Trukikaitis_Postimees, lk 194
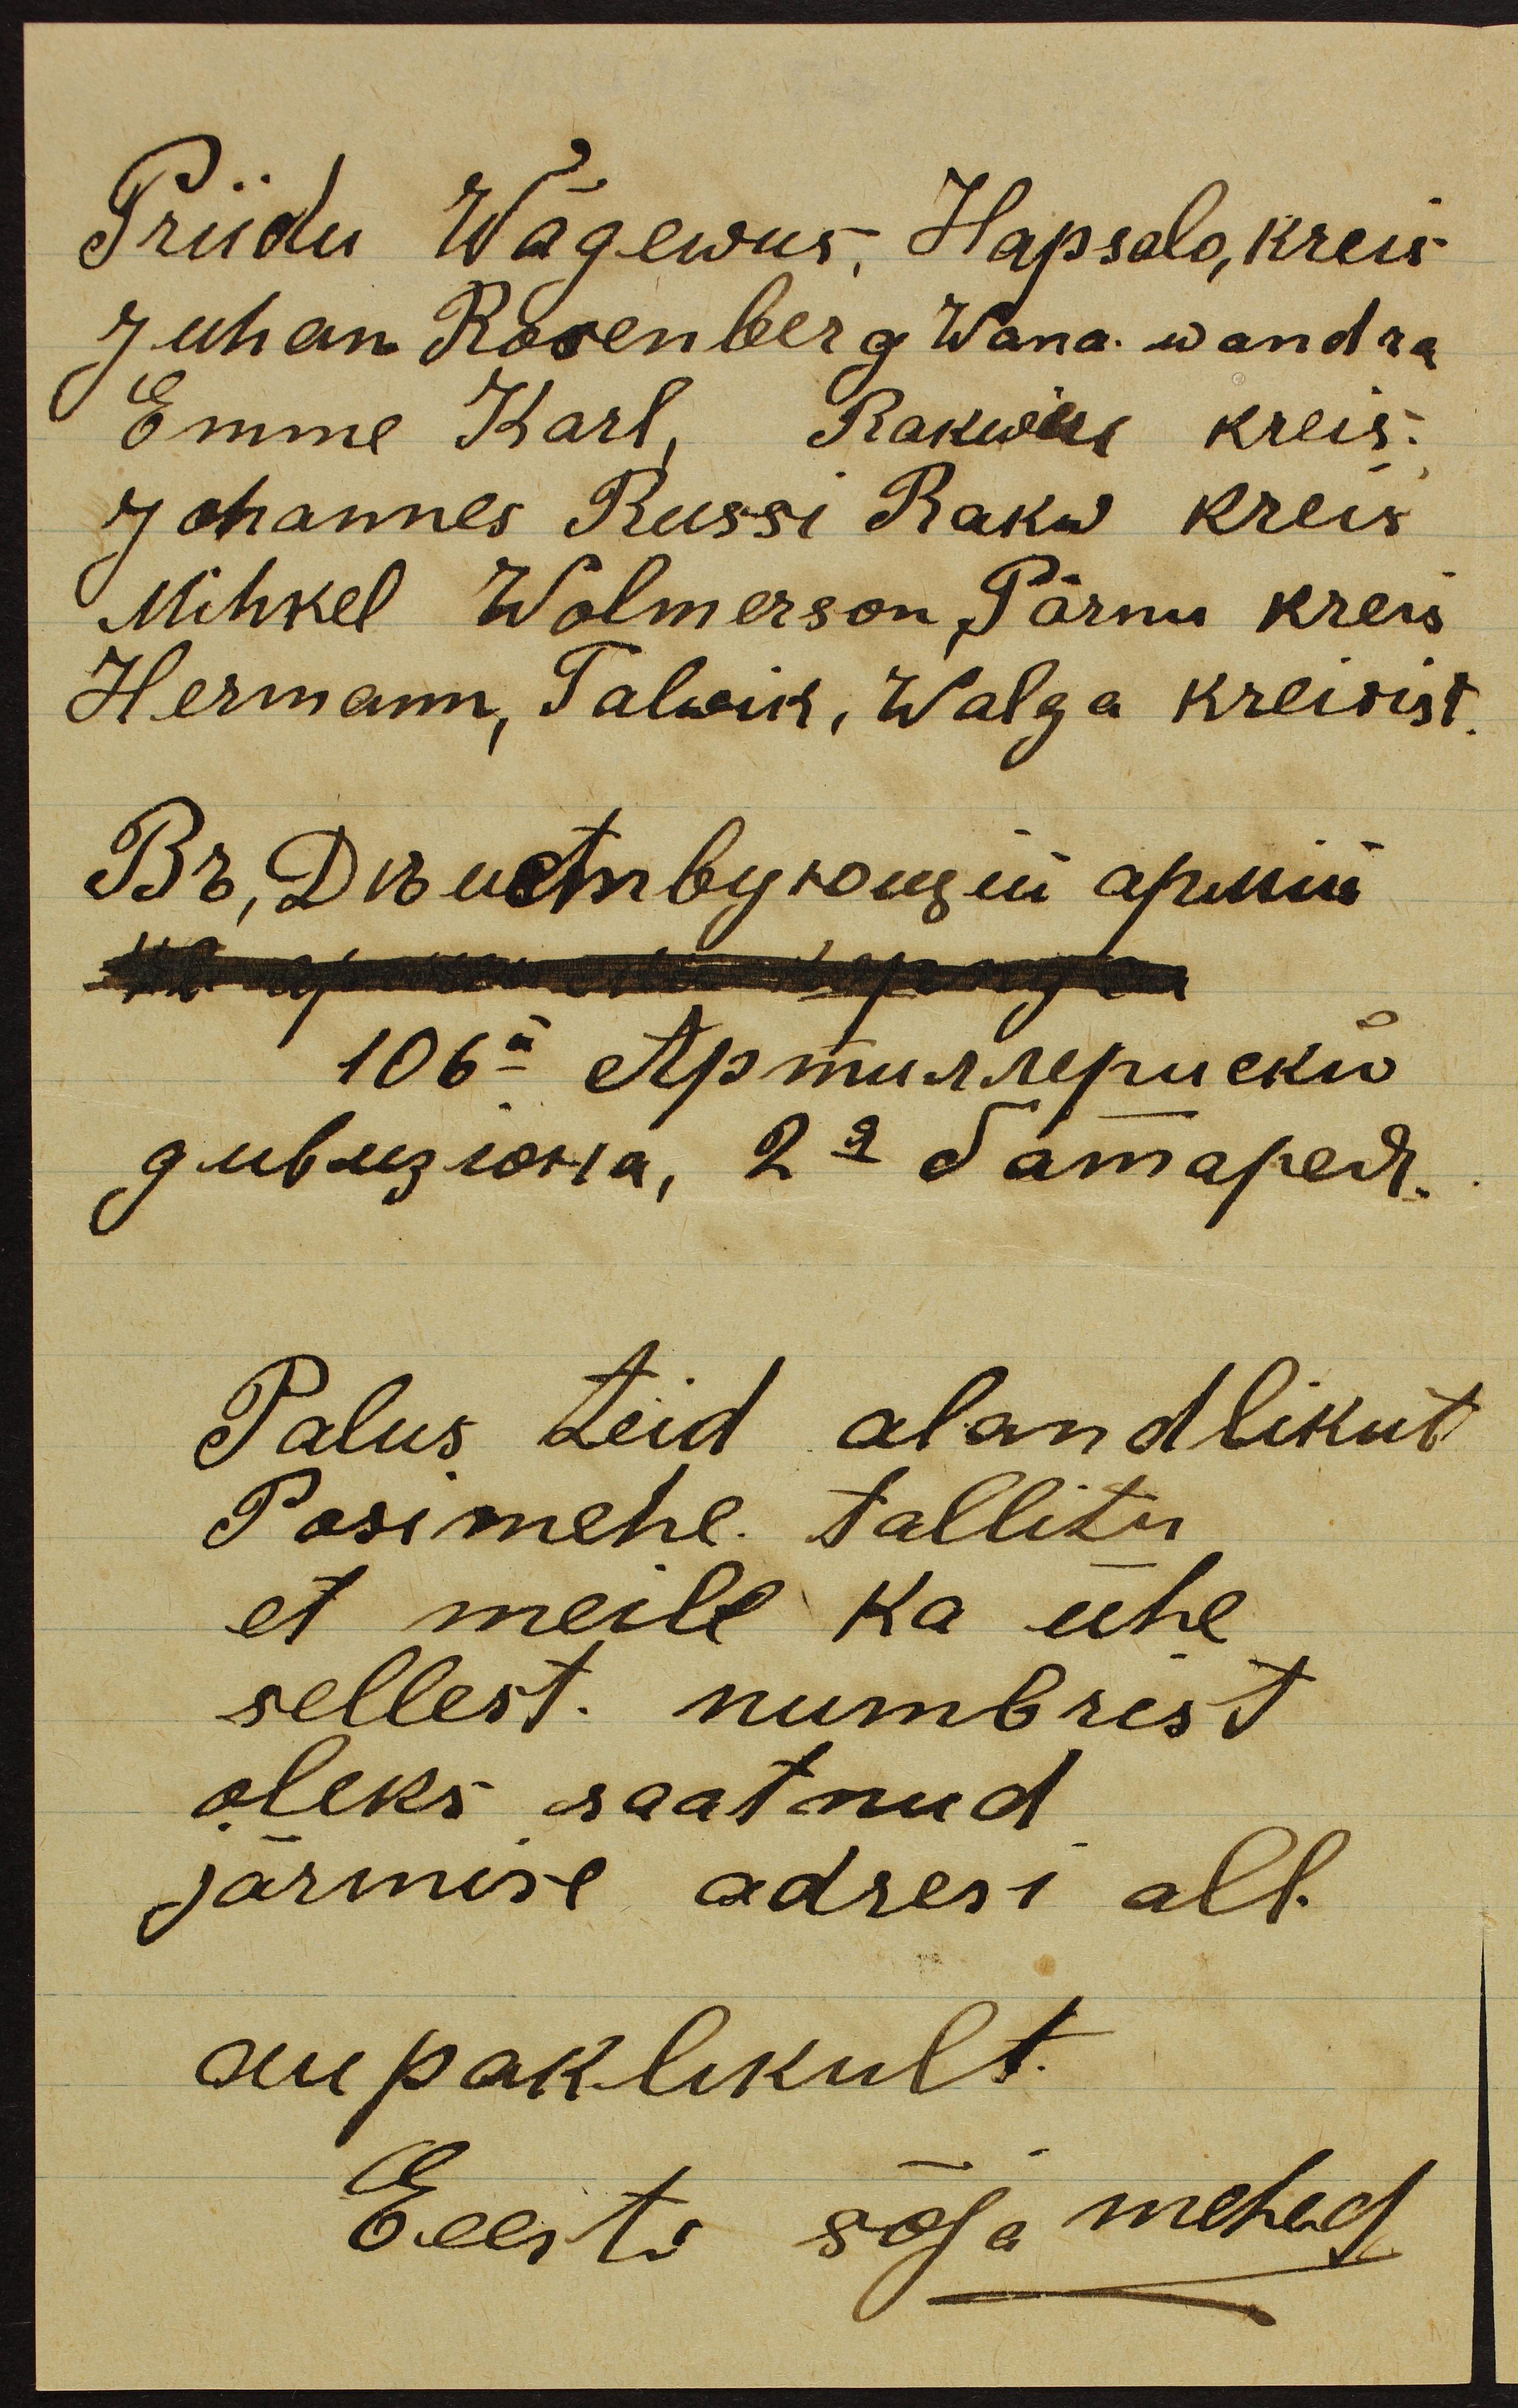
Priidu Wägewus, Hapsalo, kreis
Juhan Rosenberg Wana wandra
Emme Karl, Rakwere kreis.
Johannes Russi Rakw kreis
Mihkel Wolmerson ,Pärnu kreis
Hermann, Talwik, Walga kreisist,
Palus teid alandlikut
Posimehe tallitu
et meile ka ühe
sellest. numbrist
oleks saatnud
järmise adresi all.
aupaklikult.
Eeesti sõja mehed